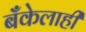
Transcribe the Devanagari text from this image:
बँकेलाही